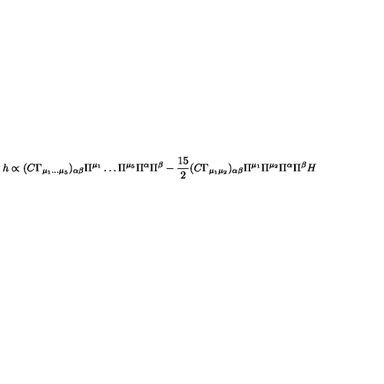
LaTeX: h \propto ( C \Gamma _ { \mu _ { 1 } \dots \mu _ { 5 } } ) _ { \alpha \beta } \Pi ^ { \mu _ { 1 } } \dots \Pi ^ { \mu _ { 5 } } \Pi ^ { \alpha } \Pi ^ { \beta } - \frac { 1 5 } { 2 } ( C \Gamma _ { \mu _ { 1 } \mu _ { 2 } } ) _ { \alpha \beta } \Pi ^ { \mu _ { 1 } } \Pi ^ { \mu _ { 2 } } \Pi ^ { \alpha } \Pi ^ { \beta } H